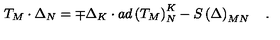
T _ { M } \cdot \Delta _ { N } = \mp \Delta _ { K } \cdot a d \left( T _ { M } \right) _ { N } ^ { K } - S \left( \Delta \right) _ { M N } \quad .